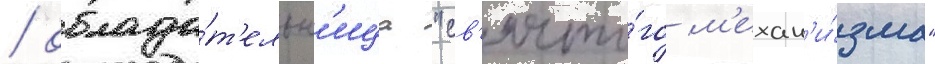
/ облада́т'ельн'ица "св'ято́го м'ехан'и́зма"